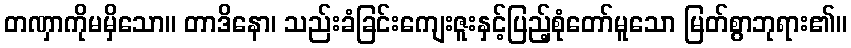
တဏှာကိုမမှိသော။ တာဒိနော၊ သည်းခံခြင်းကျေးဇူးနှင့်ပြည့်စုံတော်မူသော မြတ်စွာဘုရား၏။